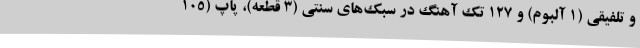
و تلفیقی (1 آلبوم) و 127 تک آهنگ در سبک‌های سنتی (3 قطعه)، پاپ (105